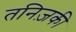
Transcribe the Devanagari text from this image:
तनिज़की